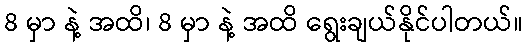
8 မှာ နဲ့ အထိ၊ 8 မှာ နဲ့ အထိ ရွေးချယ်နိုင်ပါတယ်။